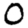
Digit: 0